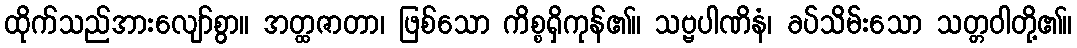
ထိုက်သည်အားလျော်စွာ။ အတ္ထဇာတာ၊ ဖြစ်သော ကိစ္စရှိကုန်၏။ သဗ္ဗပါဏိနံ၊ ခပ်သိမ်းသော သတ္တဝါတို့၏။